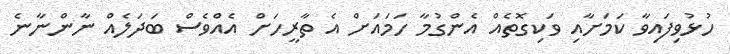
ހުޅުވިފައިވާ ކަމަށާއި ވަކިގޮތެއް އެންގުމާ ހަމައަށް އެ ތާރީހަށް އެއްވެސް ބަދަލެއް ނާންނާނެ